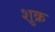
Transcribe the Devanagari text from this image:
शु़क्र